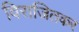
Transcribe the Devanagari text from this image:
विराजितकर